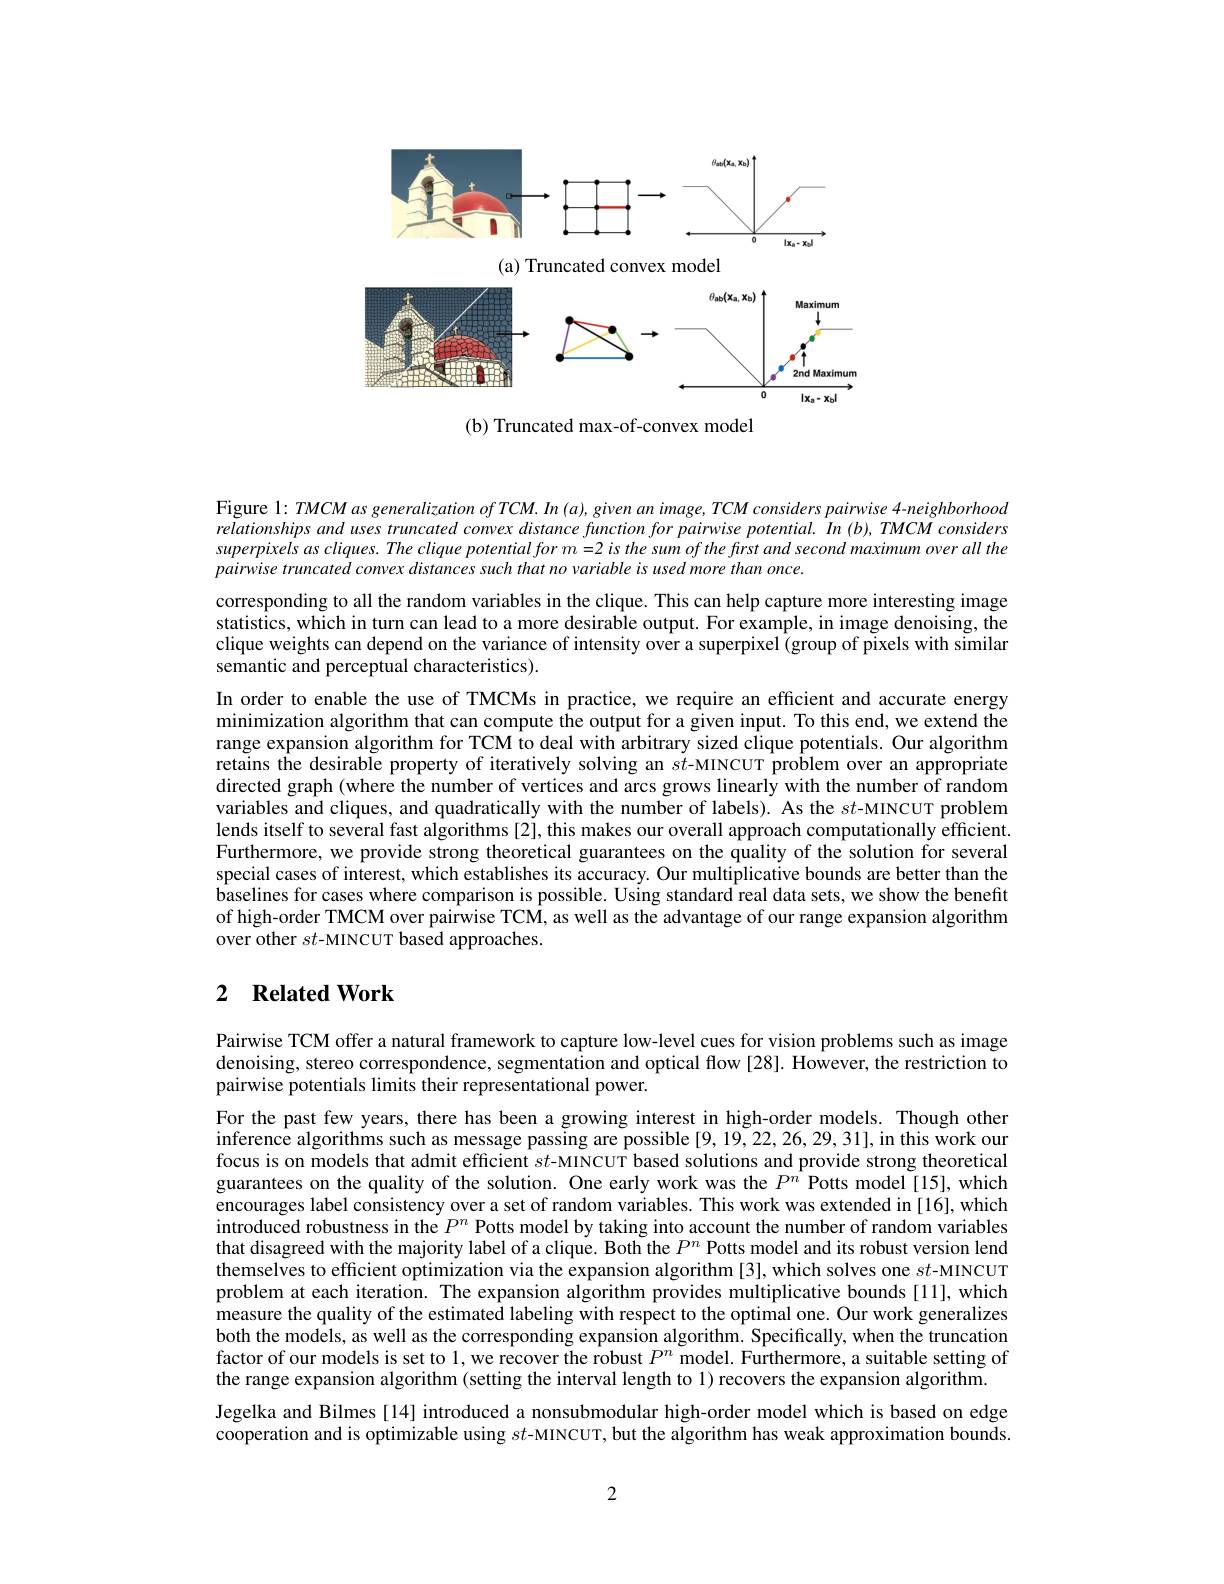
<FigureHere>

(a) Truncated convex model

<FigureHere>

(b) Truncated max-of-convex model

Figure $1:TMCM$ as generalization of TCM. In $(a),given$ an image, TCM considers pairwise 4-neighborhood relationships and uses truncated convex distance function for pairwise potential. In (b), TMCM considers superpixels as cliques. The clique potential for m =2 is the sum of the first and second maximum over all the $pairwise\textit{ truncated convex distances such that no variable is used more than once. }$

corresponding to all the random variables in the clique. This can help capture more interesting image statistics, which in turn can lead to a more desirable output. For example, in image denoising, the clique weights can depend on the variance of intensity over a superpixel (group of pixels with similar $\hat{\text{semantic and perceptual characteristics}}).$
In order to enable the use of TMCMs in practice, we require an efficient and accurate energy minimization algorithm that can compute the output for a given input. To this end, we extend the range expansion algorithm for TCM to deal with arbitrary sized clique potentials. Our algorithm retains the desirable property of iteratively solving an $st$-MINCUT problem over an appropriate directed graph (where the number of vertices and arcs grows linearly with the number of random variables and cliques, and quadratically with the number of labels). As the $st$-MINCUT problem lends itself to several fast algorithms [2], this makes our overall approach computationally efficient. Furthermore, we provide strong theoretical guarantees on the quality of the solution for several special cases of interest, which establishes its accuracy. Our multiplicative bounds are better than the $\hat{\text{baselines for cases where comparison is possible. Using standard real data sets, we show the benefit}}$ of high-order TMCM over pairwise TCM, as well as the advantage of our range expansion algorithm over other $st$-MINCUT based approaches.

## 2 $\textbf{Related Work}$

Pairwise TCM offer a natural framework to capture low-level cues for vision problems such as image denoising, stereo correspondence, segmentation and optical flow [28]. However, the restriction to pairwise potentials limits their representational power.

For the past few years, there has been a growing interest in high-order models. Though other inference algorithms such as message passing are possible [9, 19, 22, 26, 29, 31], in this work our focus is on models that admit efficient $st$-MINCUT based solutions and provide strong theoretical guarantees on the quality of the solution. One early work was the $P^{n}$ Potts model[15], which encourages label consistency over a set of random variables. This work was extended in [16], which introduced robustness in the $P^n$ Potts model by taking into account the number of random variables that disagreed with the majority label of a clique. Both the $P^{n}$ Potts model and its robust version lend themselves to efficient optimization via the expansion algorithm [3], which solves one $st$-MINCUT problem at each iteration. The expansion algorithm provides multiplicative bounds[11], which measure the quality of the estimated labeling with respect to the optimal one. Our work generalizes both the models, as well as the corresponding expansion algorithm. Specifically, when the truncation factor of our models is set to 1, we recover the robust $P^n$ model. Furthermore, a suitable setting of the range expansion algorithm (setting the interval length to 1) recovers the expansion algorithm.
Jegelka and Bilmes [14] introduced a nonsubmodular high-order model which is based on edge cooperation and is optimizable using $st$-MINCUT, but the algorithm has weak approximation bounds.

2